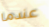
عندما